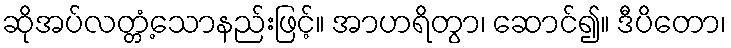
ဆိုအပ်လတ္တံ့သောနည်းဖြင့်။ အာဟရိတွာ၊ ဆောင်၍။ ဒီပိတော၊